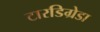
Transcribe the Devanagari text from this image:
टारडिग्रेडा